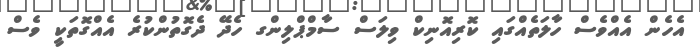
އެެހެން އެއްވެސް ހާލަތެއްގައި ކޮރިއޮނިކް ވިލަސް ސާމްޕްލިންގ ހެދޭ ދެގޮތުންކުރެ އެއްގޮތަކީ ވެސް